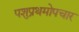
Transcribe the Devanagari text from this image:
पशुप्रथमोपचार